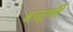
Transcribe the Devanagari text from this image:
हलूणी